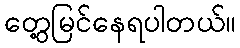
တွေ့မြင်နေရပါတယ်။